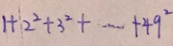
1 + 2 ^ { 2 } + 3 ^ { 3 } + \cdots + 4 9 ^ { 2 }